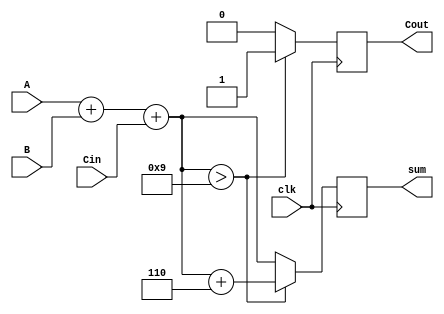
module BCD_Synchronous_Adder (
    input wire [3:0] A,      // First 4-bit BCD input
    input wire [3:0] B,      // Second 4-bit BCD input
    input wire Cin,          // Carry-in signal
    input wire clk,          // Clock signal
    output reg [3:0] sum,    // 4-bit BCD sum output
    output reg Cout          // Carry-out signal
);

    // Internal wire for the binary sum (including carry-in)
    wire [4:0] binary_sum;   // 5 bits to hold the potential carry-out
    wire correction_needed;   // Flag for correction logic

    // Binary addition of inputs A, B and Carry In
    assign binary_sum = A + B + Cin;

    // Check if correction is needed (if binary_sum exceeds 9)
    assign correction_needed = binary_sum[3:0] > 9; // Check if the sum exceeds BCD 9

    // Sequential block for processing on clock edge
    always @(posedge clk) begin
        if (correction_needed) begin
            // Need to correct the sum by adding 6 (0110 in binary)
            sum <= binary_sum[3:0] + 4'b0110;
            Cout <= 1; // Set carry-out since sum exceeds 9
        end else begin
            sum <= binary_sum[3:0];
            Cout <= 0; // No carry-out
        end
    end
endmodule